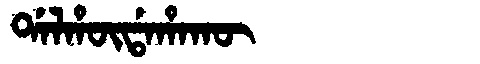
Manchu: ᡩᠠᠯᡥᡡᡩᠠᡥᠠᡴᡡ
Romanization: DALHŪDAHAKŪ